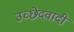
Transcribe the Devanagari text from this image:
उच्छेदवादी